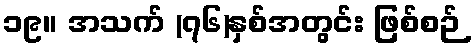
၁၉။ အသက် (၇၆)နှစ်အတွင်း ဖြစ်စဉ်